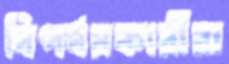
বিপর্যয়কারীরা